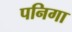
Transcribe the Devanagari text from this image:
पनिगा